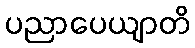
ပညာပေယျာတိ